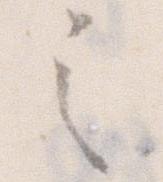
之